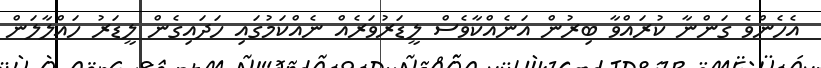
އެހެންވެ ގަންނާ ކުރައްވާ ބިރުން އަނެއްކާވެސް ލީޑަރުވަރެއް ނެއްކަމުގައި ހަދައިގެން ލީޑަރު ހައްލާލަން